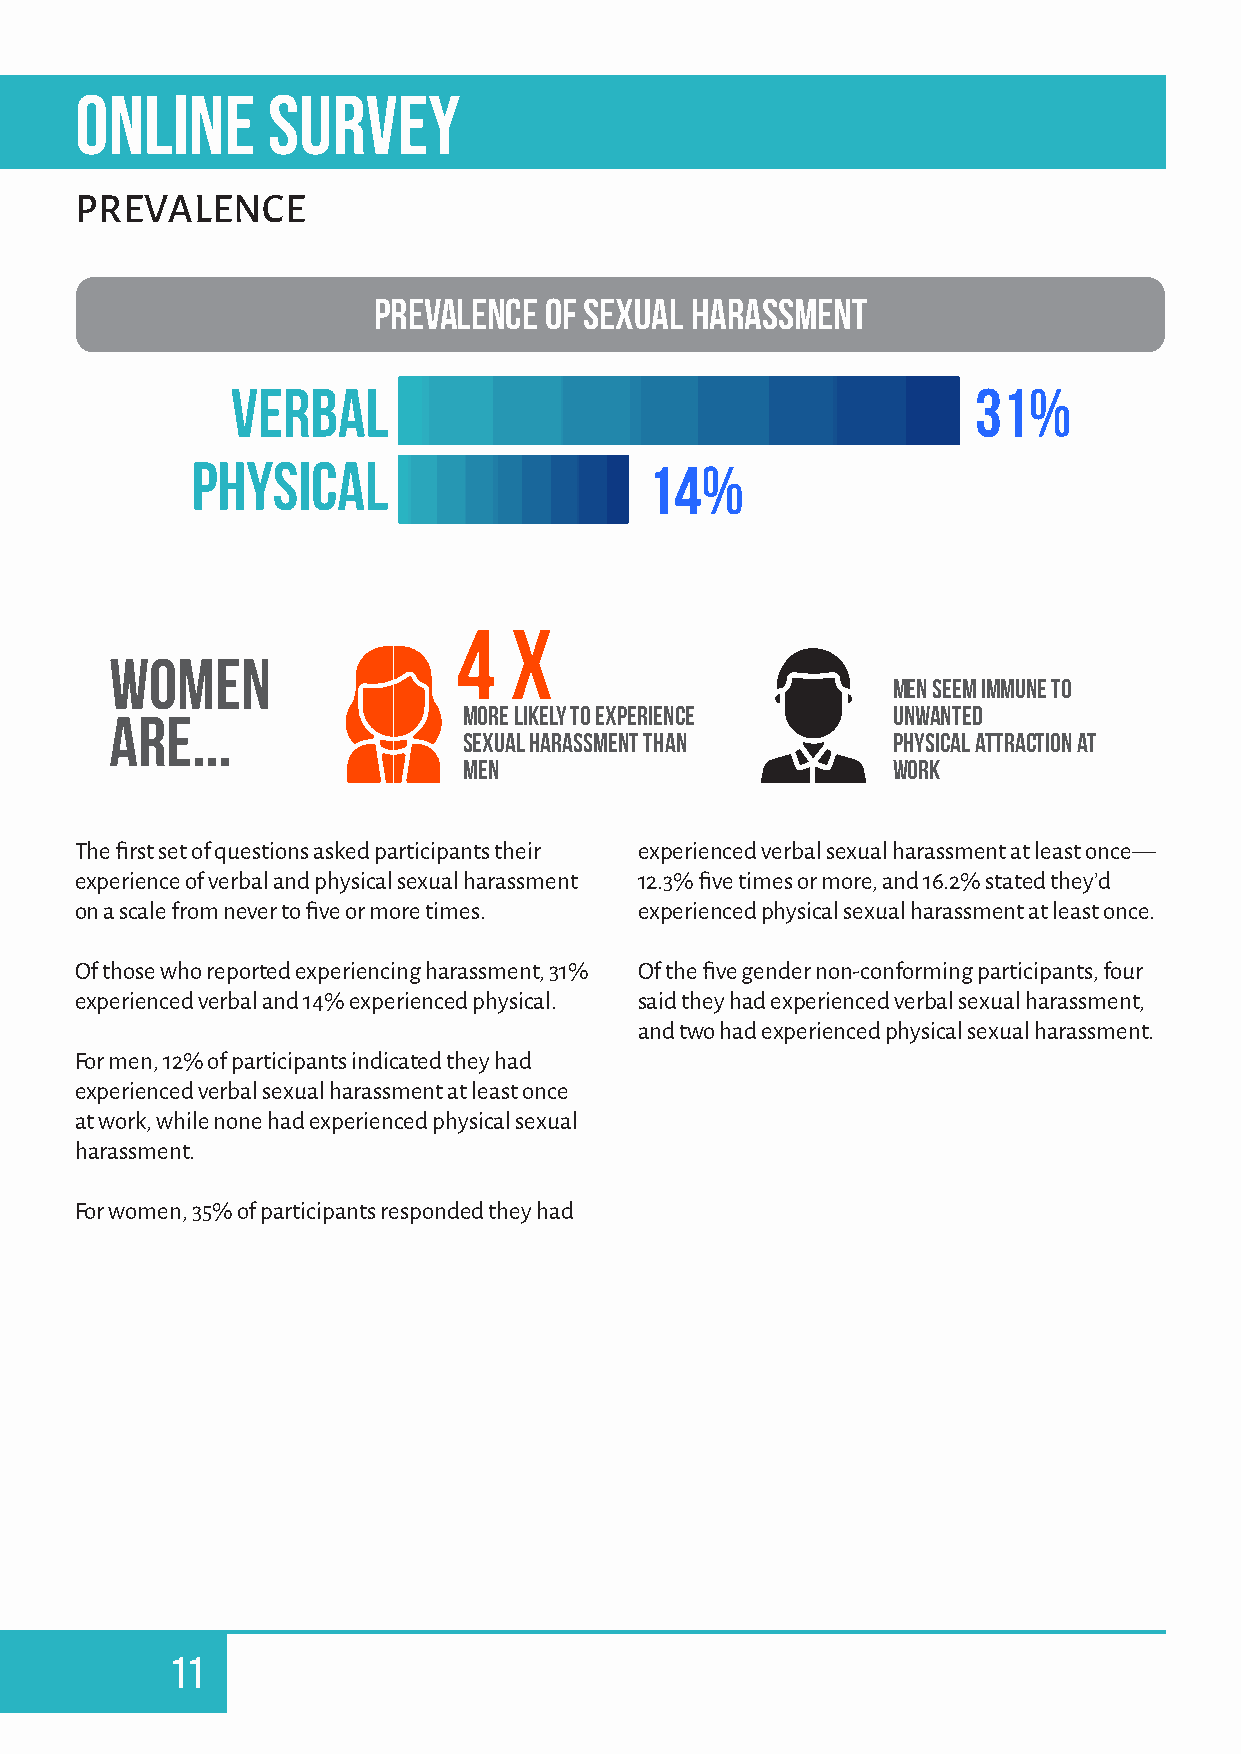
ONLINE       SURVEY
 PREVALENCE
 PREVALENCE OF SEXUAL HARASSMENT
 VERBAL                                            31%
 PHYSICAL                      14%
 4   X
 women
 men seem immune to
 are...                  more likely to experience   unwanted
 sexual harassment than      physical attraction at
 men                         work
 The first set of questions asked participants their experienced verbal sexual harassment at least once—
 experience of verbal and physical sexual harassment 12.3% five times or more, and 16.2% stated they’d
 on a scale from never to five or more times. experienced physical sexual harassment at least once.
 Of those who reported experiencing harassment, 31% Of the five gender non-conforming participants, four
 experienced verbal and 14% experienced physical. said they had experienced verbal sexual harassment,
 and two had experienced physical sexual harassment.
 For men, 12% of participants indicated they had
 experienced verbal sexual harassment at least once
 at work, while none had experienced physical sexual
 harassment.
 For women, 35% of participants responded they had
 11